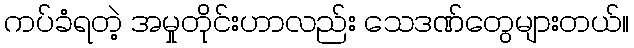
ကပ်ခံရတဲ့ အမှုတိုင်းဟာလည်း သေဒဏ်တွေများတယ်။